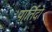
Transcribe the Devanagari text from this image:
पार्तिदो